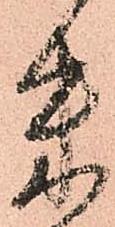
朱